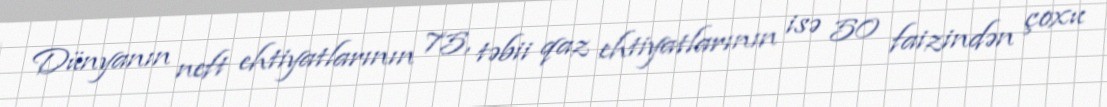
Dünyanın neft ehtiyatlarının 75, təbii qaz ehtiyatlarının isə 50 faizindən çoxu